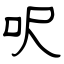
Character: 呎